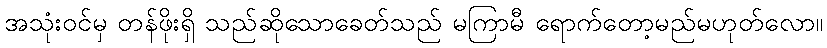
အသုံးဝင်မှ တန်ဖိုးရှိ သည်ဆိုသောခေတ်သည် မကြာမီ ရောက်တော့မည်မဟုတ်လော။